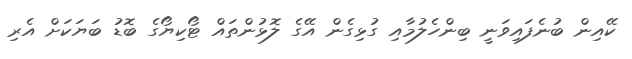
ކޭއިން ބުނެފައިވަނީ ބިންހެލުމާއި ގުޅިގެން އޭގެ ލޮޅުންތައް ޓޯކިޔޯގެ ބޮޑު ބަޔަކަށް އެރި